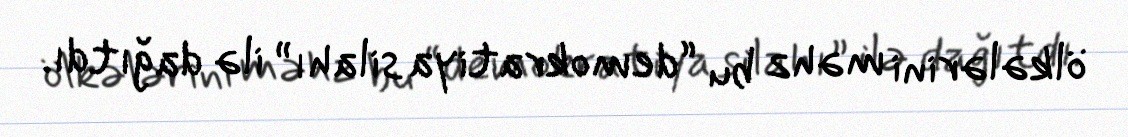
ölkələrini məhz bu “demokratiya silahı” ilə dağıtdı.